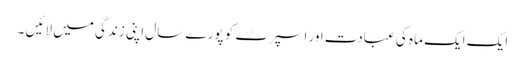
ایک ایک ماہ کی عبادت اور اسپرٹ کو پورے سال اپنی زندگی میں لائیں ۔